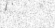
٤